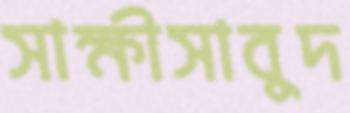
সাক্ষীসাবুদ